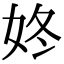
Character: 㚵